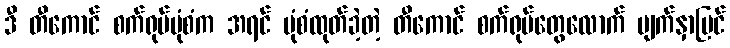
ဒီ တီကောင် စက်ရုပ်ပုံစံက အရင် ပုံစံထုတ်ခဲ့တဲ့ တီကောင် စက်ရုပ်တွေလောက် မျက်နှာပြင်